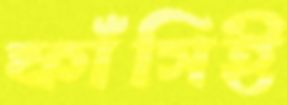
ফাঁসিই